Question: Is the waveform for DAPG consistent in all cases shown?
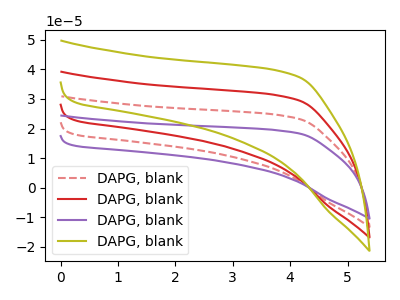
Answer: <think>The red dashed curve "DAPG, blank1" has no peaks. The red curve "DAPG, blank2" has no peaks. The purple curve "DAPG, blank3" has no peaks. The olive curve "DAPG, blank4" has no peaks.
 Neither "DAPG, blank1" or "DAPG, blank2" have any peaks. Neither "DAPG, blank1" or "DAPG, blank3" have any peaks. Neither "DAPG, blank1" or "DAPG, blank4" have any peaks. Neither "DAPG, blank2" or "DAPG, blank3" have any peaks. Neither "DAPG, blank2" or "DAPG, blank4" have any peaks. Neither "DAPG, blank3" or "DAPG, blank4" have any peaks.</think>
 <answer>All the CV's of "DAPG" have similar shape.</answer>
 <eval>follow_rule</eval>